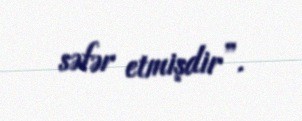
səfər etmişdir”.